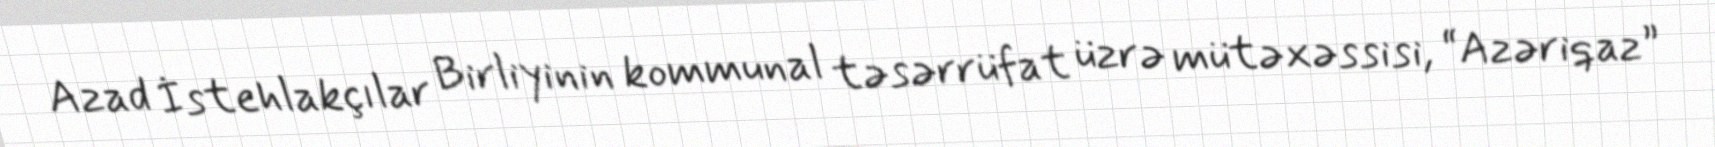
Azad İstehlakçılar Birliyinin kommunal təsərrüfat üzrə mütəxəssisi, “Azəriqaz”